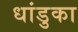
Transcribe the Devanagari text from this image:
धांडुका